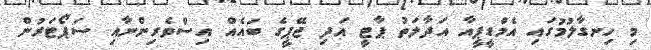
މި ހިނގާލުމުގައި އެމްޑީޕީއާ އަދާލަތު ޕާޓީ އަދި ޖޭޕީގެ ބައެއް އިސްވެރިންނާއި ސަޕޯޓަރުން